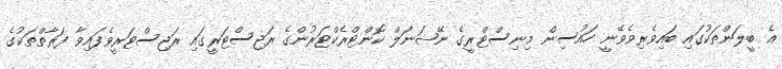
އެ ބީލަންތަކުގައި ބައިވެރިވެވޭނީ ހައުސިން މިނިސްޓްރީގެ ނޭޝަނަލް ކޮންޓްރެކްޓަރުންގެ ރަޖިސްޓަރީގައި ރަޖިސްޓަރީވެފައިވާ ފަރާތްތަކުގެ